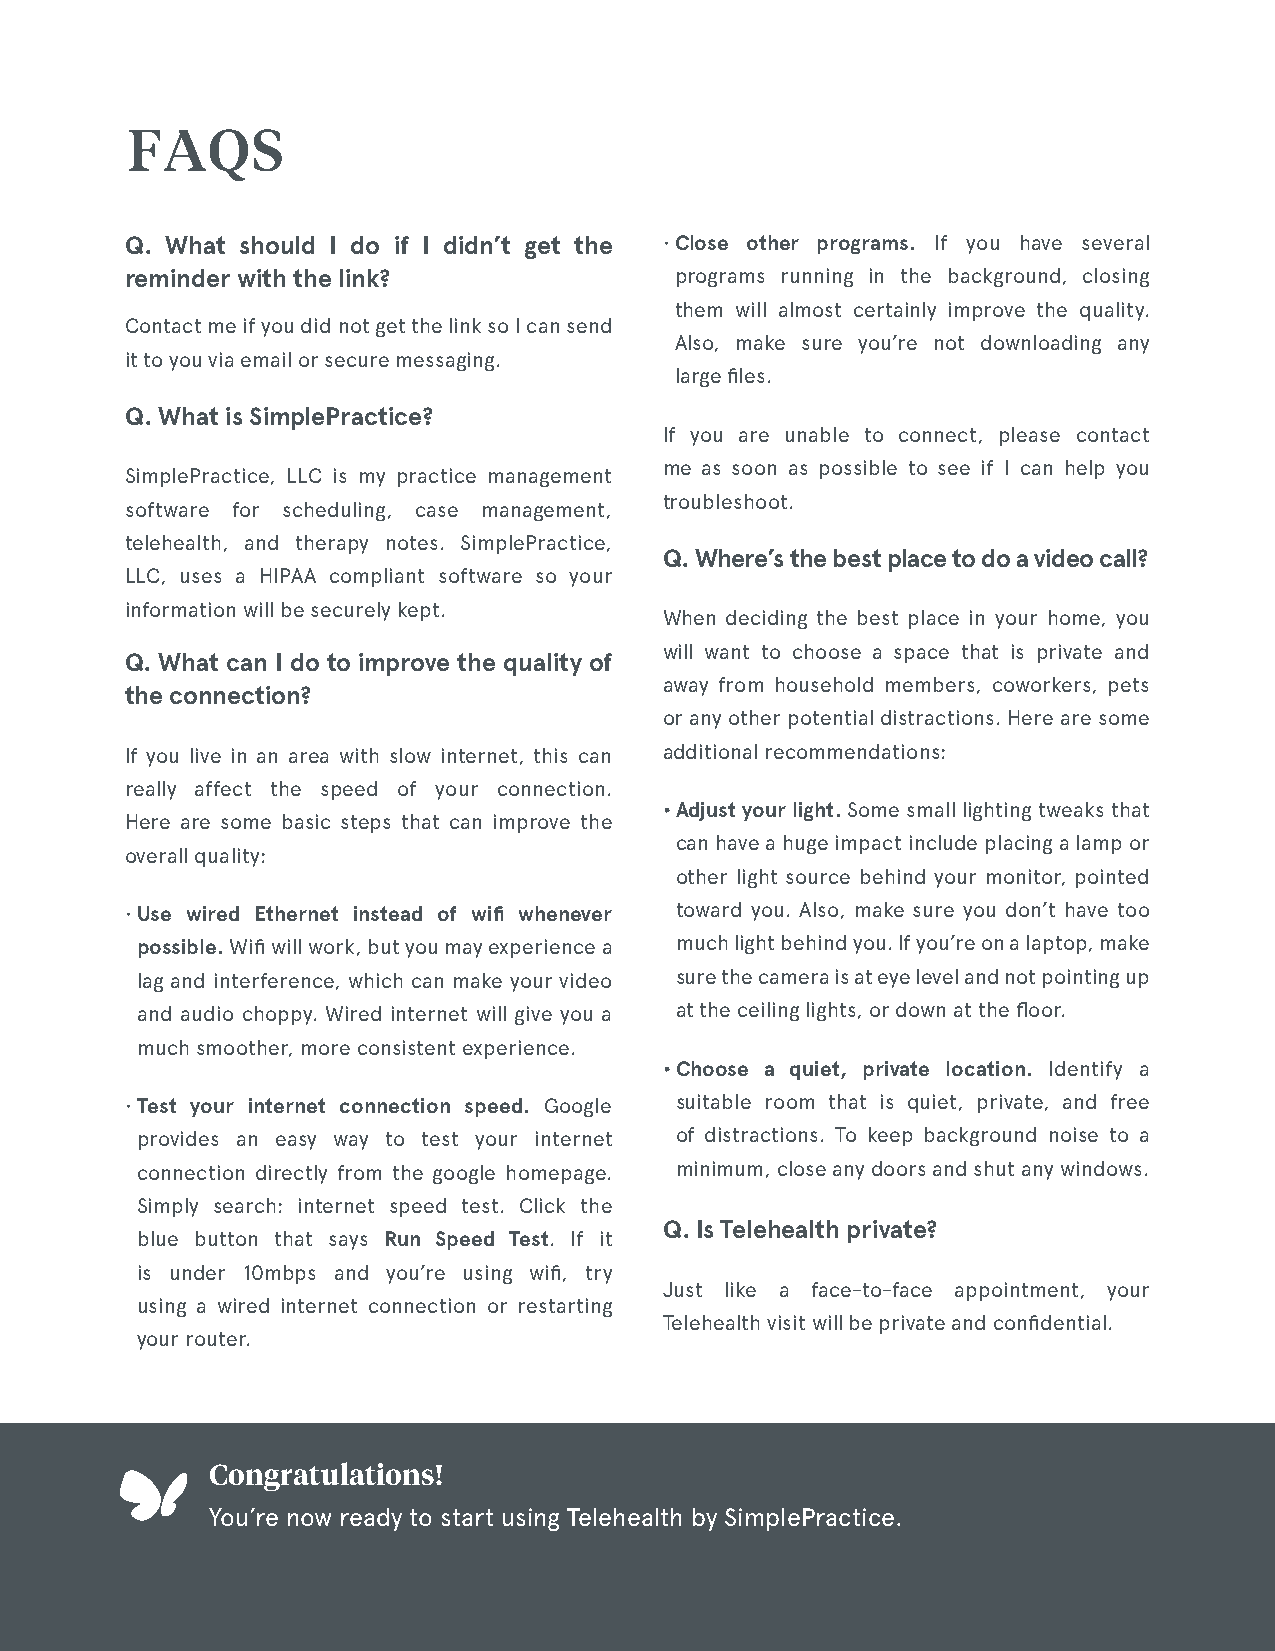
F  A  Q  S
 Q. What should I do if I didn’t get the • C lose other programs. If you have several
 reminder with the link?              programs running in the background, closing
 them will almost certainly improve the quality.
 Contact me if you did not get the link so I can send
 Also, make sure you’re not downloading any
 it to you via email or secure messaging.
 large files.
 Q. What is SimplePractice?
 If you are unable to connect, please contact
 me as soon as possible to see if I can help you
 SimplePractice, LLC is my practice management
 troubleshoot.
 software for scheduling, case management,
 telehealth, and therapy notes. SimplePractice,
 Q. Where’s the best place to do a video call?
 LLC, uses a HIPAA compliant software so your
 information will be securely kept.
 When deciding the best place in your home, you
 will want to choose a space that is private and
 Q. What can I do to improve the quality of
 away from household members, coworkers, pets
 the connection?
 or any other potential distractions. Here are some
 If you live in an area with slow internet, this can additional recommendations:
 really affect the speed of your connection.
 • Adjust your light. Some small lighting tweaks that
 Here are some basic steps that can improve the
 can have a huge impact include placing a lamp or
 overall quality:
 other light source behind your monitor, pointed
 • U se wired Ethernet instead of wifi whenever toward you. Also, make sure you don’t have too
 possible. Wifi will work, but you may experience a much light behind you. If you’re on a laptop, make
 lag and interference, which can make your video sure the camera is at eye level and not pointing up
 and audio choppy. Wired internet will give you a at the ceiling lights, or down at the floor.
 much smoother, more consistent experience.
 • Choose a quiet, private location. Identify a
 • Test your internet connection speed. Google suitable room that is quiet, private, and free
 provides an easy way to test your internet of distractions. To keep background noise to a
 connection directly from the google homepage. minimum, close any doors and shut any windows.
 Simply search: internet speed test. Click the
 Q. Is Telehealth private?
 blue button that says Run Speed Test. If it
 is under 10mbps and you’re using wifi, try
 Just like a face-to-face appointment, your
 using a wired internet connection or restarting
 Telehealth visit will be private and confidential.
 your router.
 Congratulations!
 You’re now ready to start using Telehealth by SimplePractice.